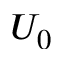
U _ { 0 }